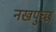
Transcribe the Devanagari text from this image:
नखपुच्छ